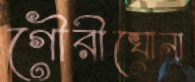
গৌরীঘোনা